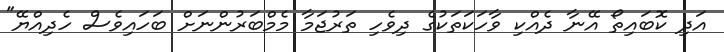
އަދި ކޮބައިތޯ އޭނާ ދެއްކި ވާހަކަތަކުގެ ދިވެހި ތަރުޖަމާ މެމްބަރުންނަށް ބަހައިވެސް ހެދިއްޔޭ"